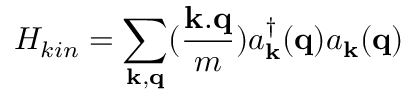
H _ { k i n } = \sum _ { { \bf { k } } , { \bf { q } } } ( \frac { { \bf { k . q } } } { m } ) a _ { { \bf { k } } } ^ { \dagger } ( { \bf { q } } ) a _ { { \bf { k } } } ( { \bf { q } } )